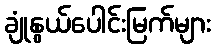
ချုံနွယ်ပေါင်းမြက်များ